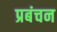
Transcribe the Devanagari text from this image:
प्रबंचन